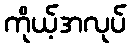
ကိုယ့်အလုပ်